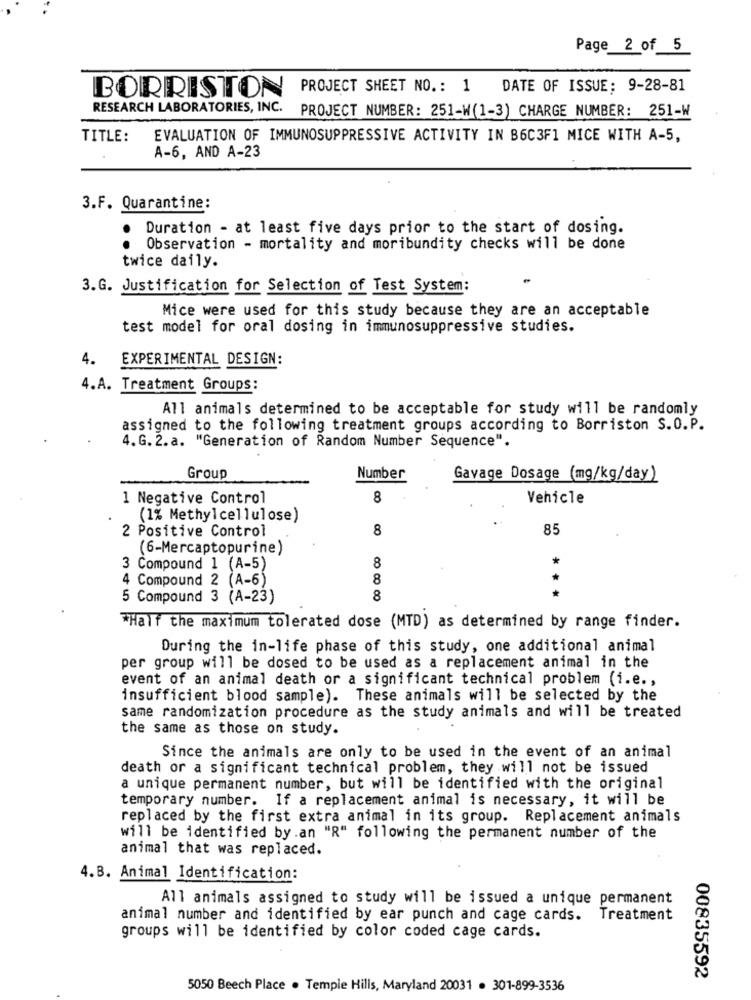
Page 2 of 5
BORRISTON
PROJECT SHEET NO .: 1 DATE OF ISSUE: 9-28-81
RESEARCH LABORATORIES, INC. PROJECT NUMBER: 251-W(1-3) CHARGE NUMBER: 251-W
TITLE:
EVALUATION OF IMMUNOSUPPRESSIVE ACTIVITY IN B6C3F1 MICE WITH A-5,
A-6, AND A-23
3.F. Quarantine:
Duration - at least five days prior to the start of dosing.
..
Observation - mortality and moribundity checks will be done
twice daily.
3.G. Justification for Selection of Test System:
Mice were used for this study because they are an acceptable
test model for oral dosing in immunosuppressive studies.
4.
EXPERIMENTAL DESIGN:
4.A. Treatment Groups:
All animals determined to be acceptable for study will be randomly
assigned to the following treatment groups according to Borriston S.O.P.
4.G. 2. a. "Generation of Random Number Sequence".
Group
Number
Gavage Dosage (mg/kg/day)
1 Negative Control
8
Vehicle
(1% Methylcellulose)
2 Positive Control
8
85
(6-Mercaptopurine)
3 Compound 1 (A-5)
8
4 Compound 2 (A-6)
8
5 Compound 3 (A-23)
8
***
"Half the maximum tolerated dose (MTD) as determined by range finder.
During the in-life phase of this study, one additional animal
per group will be dosed to be used as a replacement animal in the
event of an animal death or a significant technical problem (i.e .,
insufficient blood sample). These animals will be selected by the
same randomization procedure as the study animals and will be treated
the same as those on study.
Since the animals are only to be used in the event of an animal
death or a significant technical problem, they will not be issued
a unique permanent number, but will be identified with the original
temporary number. If a replacement animal is necessary, it will be
replaced by the first extra animal in its group. Replacement animals
will be identified by.an "R" following the permanent number of the
animal that was replaced.
4.B. Animal Identification:
All animals assigned to study will be issued a unique permanent
animal number and identified by ear punch and cage cards. Treatment
groups will be identified by color coded cage cards.
00835592
5050 Beech Place . Temple Hills, Maryland 20031 . 301-899-3536